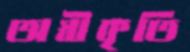
অস্বীকৃতি